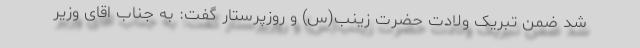
شد ضمن تبریک ولادت حضرت زینب(س) و روزپرستار گفت: به جناب اقای وزیر